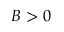
B > 0